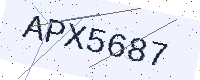
Text: APX5687